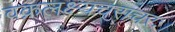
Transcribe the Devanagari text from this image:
वक्रलक्ष्यचराचरः।